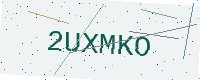
Text: 2UXMKO